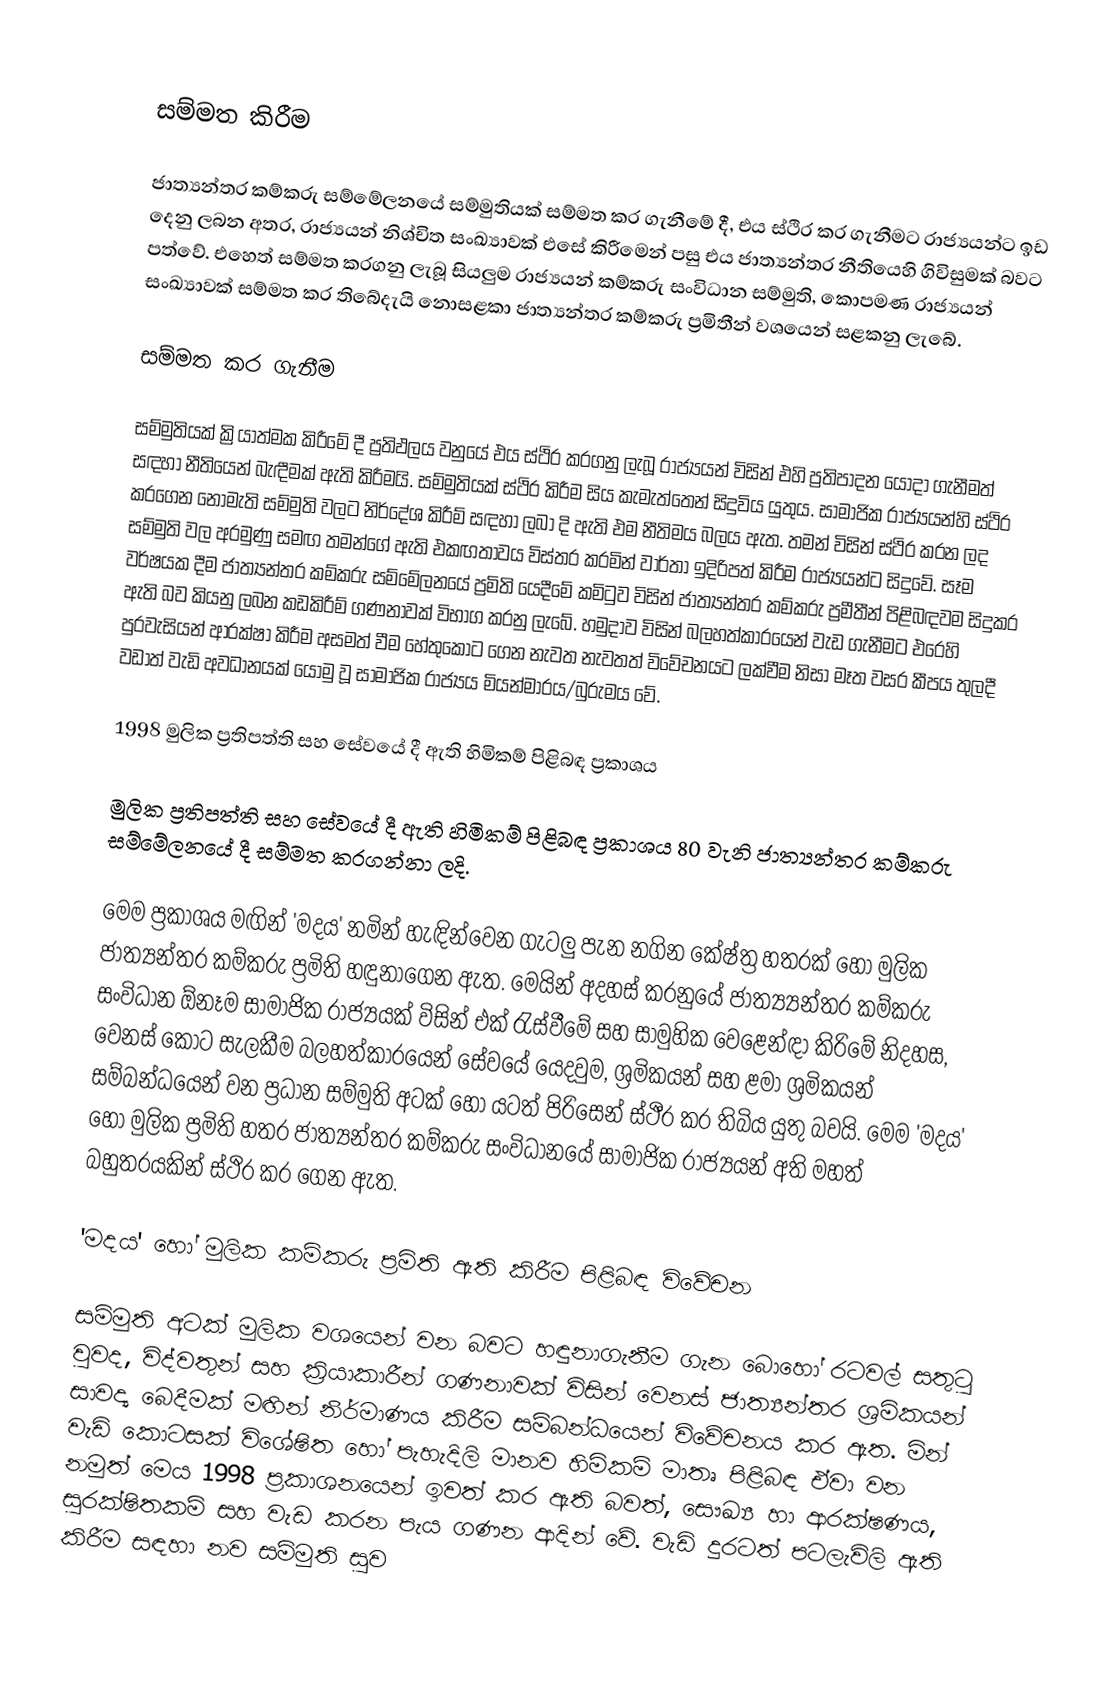

සම්මත කිරීම

ජාත්‍යන්තර කම්කරු සම්මේලනයේ සම්මුතියක්  සම්මත කර ගැනීමේ දී, එය ස්ථිර කර ගැනීමට රාජ්‍යයන්ට ඉඩ දෙනු ලබන අතර, රාජ්‍යයන් නිශ්චිත සංඛ්‍යාවක් එසේ කිරීමෙන් පසු එය ජාත්‍යන්තර නීතියෙහි ගිවිසුමක් බවට පත්වේ. එහෙත් සම්මත කරගනු ලැබූ සියලුම රාජ්‍යයන් කම්කරු සංවිධාන සම්මුති, කොපමණ රාජ්‍යයන් සංඛ්‍යාවක් සම්මත කර තිබේදැයි නොසළකා ජාත්‍යන්තර කම්කරු ප්‍රමිතීන් වශයෙන් සළකනු ලැබේ.

සම්මත කර ගැනීම

සම්මුතියක් ක්‍රියාත්මක කිරීමේ දී ප්‍රතිඵලය වනුයේ එය ස්ථිර කරගනු ලැබූ රාජ්‍යයන් විසින් එහි ප්‍රතිපාදන යොදා ගැනීමත් සඳහා නීතියෙන් බැඳීමක් ඇති කිරීමයි.  සම්මුතියක් ස්ථිර කිරීම සිය කැමැත්තෙන් සිදුවිය යුතුය. සාමාජික රාජ්‍යයන්හි ස්ථිර කරගෙන නොමැති සම්මුති වලට  නිර්දේශ කිරීම් සඳහා ලබා දි ඇති එම නීතිමය බලය ඇත.  තමන් විසින් ස්ථිර කරන ලද සම්මුති වල අරමුණු සමඟ තමන්ගේ ඇති එකඟතාවය විස්තර කරමින් වාර්තා ඉදිරිපත් කිරීම රාජ්‍යයන්ට සිදුවේ. සෑම වර්ෂයක දීම ජාත්‍යන්තර කම්කරු සම්මේලනයේ ප්‍රමිති යෙදීමේ කමිටුව විසින්  ජාත්‍යන්තර කම්කරු ප්‍රමීතීන් පිළිබඳවම  සිදුකර  ඇති බව කියනු ලබන කඩකිරීම් ගණනාවක් විභාග කරනු ලැබේ. හමුදාව විසින් බලහත්කාරයෙන් වැඩ ගැනීමට එරෙහි පුරවැසියන් ආරක්ෂා කිරීම අසමත් වීම හේතුකොට ගෙන නැවත නැවතත් විවේචනයට  ලක්වීම නිසා මෑත වසර කීපය තුලදී වඩාත් වැඩි අවධානයක් යොමු වූ සාමාජික රාජ්‍යය මියන්මාරය/බුරුමය වේ.

1998 මුලික ප්‍රතිපත්ති සහ සේවයේ දී ඇති හිමිකම් පිළිබඳ ප්‍රකාශය

මුලික ප්‍රතිපත්ති සහ සේවයේ දී ඇති හිමිකම් පිළිබඳ ප්‍රකාශය 80 වැනි ජාත්‍යන්තර කම්කරු සම්මේලනයේ දී  සම්මත කරගන්නා ලදි.

මෙම ප්‍රකාශය මඟින් 'මදය' නමින් හැඳින්වෙන ගැටලු පැන නගින  කේෂ්ත්‍ර  හතරක් හෝ මුලික ජාත්‍යන්තර කම්කරු ප්‍රමිති හඳුනාගෙන ඇත. මෙයින් අදහස් කරනුයේ  ජාත්‍ය්‍යන්තර කම්කරු සංවිධාන  ඕනෑම සාමාජික රාජ්‍යයක් විසින් එක් රැස්වීමේ සහ සාමුහික වෙළෙන්ඳා කිරිමේ නිදහස, වෙනස් කොට සැලකීම බලහත්කාරයෙන් සේවයේ යෙදවුම, ශ්‍රමිකයන් සහ ළමා  ශ්‍රමිකයන් සම්බන්ධයෙන් වන ප්‍රධාන සම්මුති අටක් හෝ යටත් පිරිසෙන් ස්ථීර කර තිබිය යුතු බවයි. මෙම 'මදය' හෝ මුලික ප්‍රමිති හතර ජාත්‍යන්තර කම්කරු සංවිධානයේ සාමාජික රාජ්‍යයන් අති මහත් බහුතරයකින් ස්ථිර කර ගෙන ඇත.

'මදය' හෝ මුලික කම්කරු ප්‍රමිති ඇති කිරීම  පිළිබඳ  විවේචන

සම්මුති අටක් මුලික වශයෙන් වන බවට හඳුනාගැනීම ගැන බොහෝ රටවල් සතුටු වුවද, විද්වතුන් සහ ක්‍රියාකාරීන් ගණනාවක් විසින් වෙනස් ජාත්‍යන්තර ශ්‍රමිකයන් සාවද්‍ය බෙදීමක් මඟින් නිර්මාණය කිරීම සම්බන්ධයෙන් විවේචනය කර ඇත. මින් වැඩි කොටසක් විශේෂිත ‍හෝ පැහැදිලි  මානව හිමිකම් මාතෘ පිළිබඳ ඒවා වන නමුත් මෙය 1998 ප්‍රකාශනයෙන් ඉවත් කර ඇති බවත්, සෞඛ්‍ය  හා   ආරක්ෂණය, සුරක්ෂිතකම් සහ වැඩ කරන පැය ගණන ආදින් වේ. වැඩි දුරටත් පටලැවිලි ඇති කිරීම  සඳහා නව සම්මුති සුව